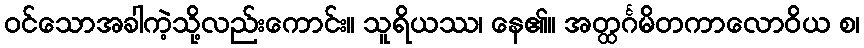
ဝင်သောအခါကဲ့သို့လည်းကောင်း။ သူရိယဿ၊ နေ၏။ အတ္ထင်္ဂမိတကာလောဝိယ စ၊